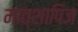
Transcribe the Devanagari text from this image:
मात्शापिज